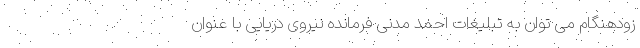
زودهنگام می توان به تبلیغات احمد مدنی فرمانده نیروی دریایی با عنوان